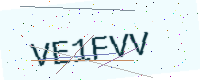
Text: VE1FVV